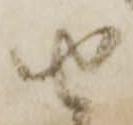
由